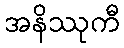
အနိဿုကီ